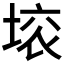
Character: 𱗉